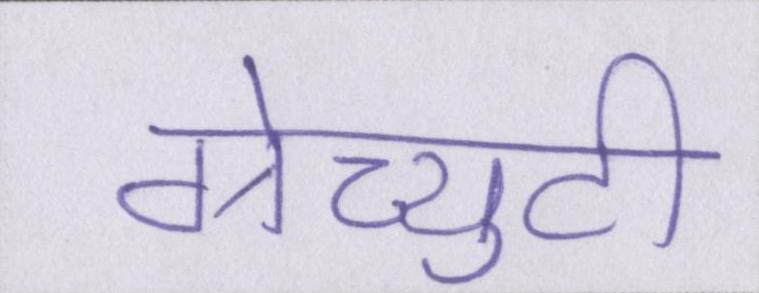
ग्रेच्युटी